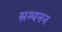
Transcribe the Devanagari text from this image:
सम्पनन